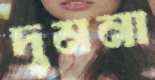
দুমনা